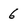
Character: 6